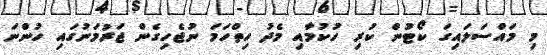
މި މައްސަލައިގަ ކޯޓުން ކުރި ހުކުމާއި މެދު ހިތްހަމަ ނުޖެހިގެން ޖަރުމަނުގައި ހުންނަ